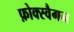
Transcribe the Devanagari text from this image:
फ़ोक्स्वैगन